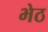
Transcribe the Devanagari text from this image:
भेठ